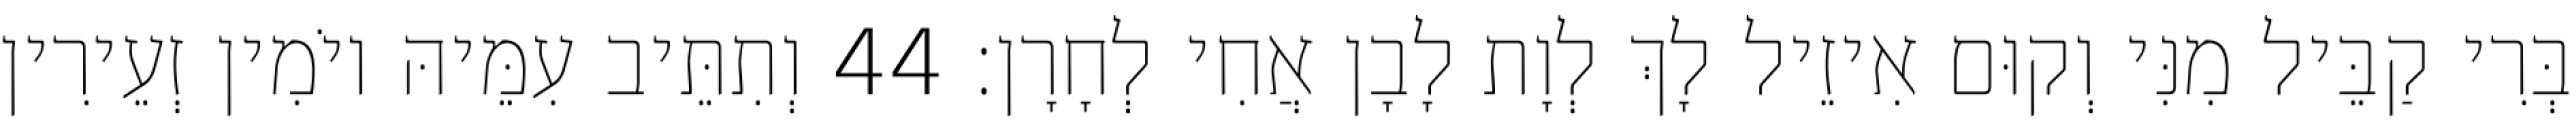
בְּרִי קַבֵּיל מִנִּי וְקוּם אִיזֵיל לָךְ לְוָת לָבָן אֲחִי לְחָרָן׃ 44 וְתִתֵּיב עִמֵּיהּ יוֹמִין זְעֵירִין